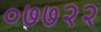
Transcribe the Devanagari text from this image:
०७७२२